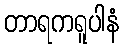
တာရကရူပါနံ